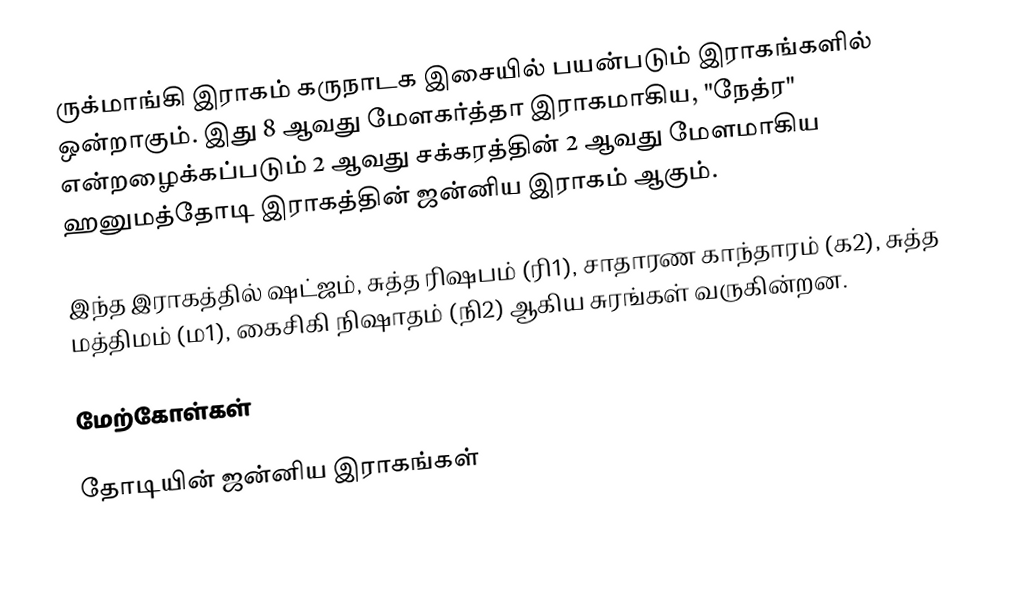
ருக்மாங்கி இராகம் கருநாடக இசையில் பயன்படும் இராகங்களில் ஒன்றாகும். இது 8 ஆவது மேளகர்த்தா இராகமாகிய, "நேத்ர" என்றழைக்கப்படும் 2 ஆவது சக்கரத்தின் 2 ஆவது மேளமாகிய ஹனுமத்தோடி இராகத்தின் ஜன்னிய இராகம் ஆகும்.

இந்த இராகத்தில் ஷட்ஜம், சுத்த ரிஷபம் (ரி1), சாதாரண காந்தாரம் (க2), சுத்த மத்திமம் (ம1), கைசிகி நிஷாதம் (நி2) ஆகிய சுரங்கள் வருகின்றன.

மேற்கோள்கள்

தோடியின் ஜன்னிய இராகங்கள்